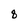
Character: 8